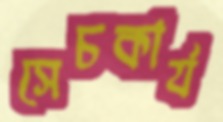
সেচকার্য